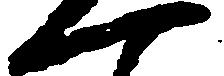
一